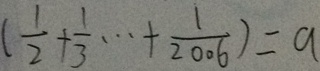
( \frac { 1 } { 2 } + \frac { 1 } { 3 } \cdots + \frac { 1 } { 2 0 0 6 } ) = a